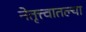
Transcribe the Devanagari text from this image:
नेतृत्त्वातल्या